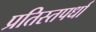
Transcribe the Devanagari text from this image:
प्रतिस्तपर्धा